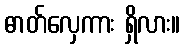
ဓာတ်လှေကား ရှိလား။